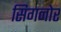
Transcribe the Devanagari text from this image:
सिगनोर